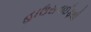
હાઉસવાઈફથી